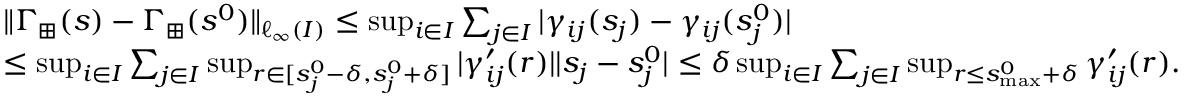
\begin{array} { r l } & { \| \Gamma _ { \boxplus } ( s ) - \Gamma _ { \boxplus } ( s ^ { 0 } ) \| _ { \ell _ { \infty } ( I ) } \leq \operatorname* { s u p } _ { i \in I } \sum _ { j \in I } | \gamma _ { i j } ( s _ { j } ) - \gamma _ { i j } ( s _ { j } ^ { 0 } ) | } \\ & { \leq \operatorname* { s u p } _ { i \in I } \sum _ { j \in I } \operatorname* { s u p } _ { r \in [ s _ { j } ^ { 0 } - \delta , s _ { j } ^ { 0 } + \delta ] } | \gamma _ { i j } ^ { \prime } ( r ) | | s _ { j } - s _ { j } ^ { 0 } | \leq \delta \operatorname* { s u p } _ { i \in I } \sum _ { j \in I } \operatorname* { s u p } _ { r \leq s _ { \operatorname* { m a x } } ^ { 0 } + \delta } \gamma _ { i j } ^ { \prime } ( r ) . } \end{array}